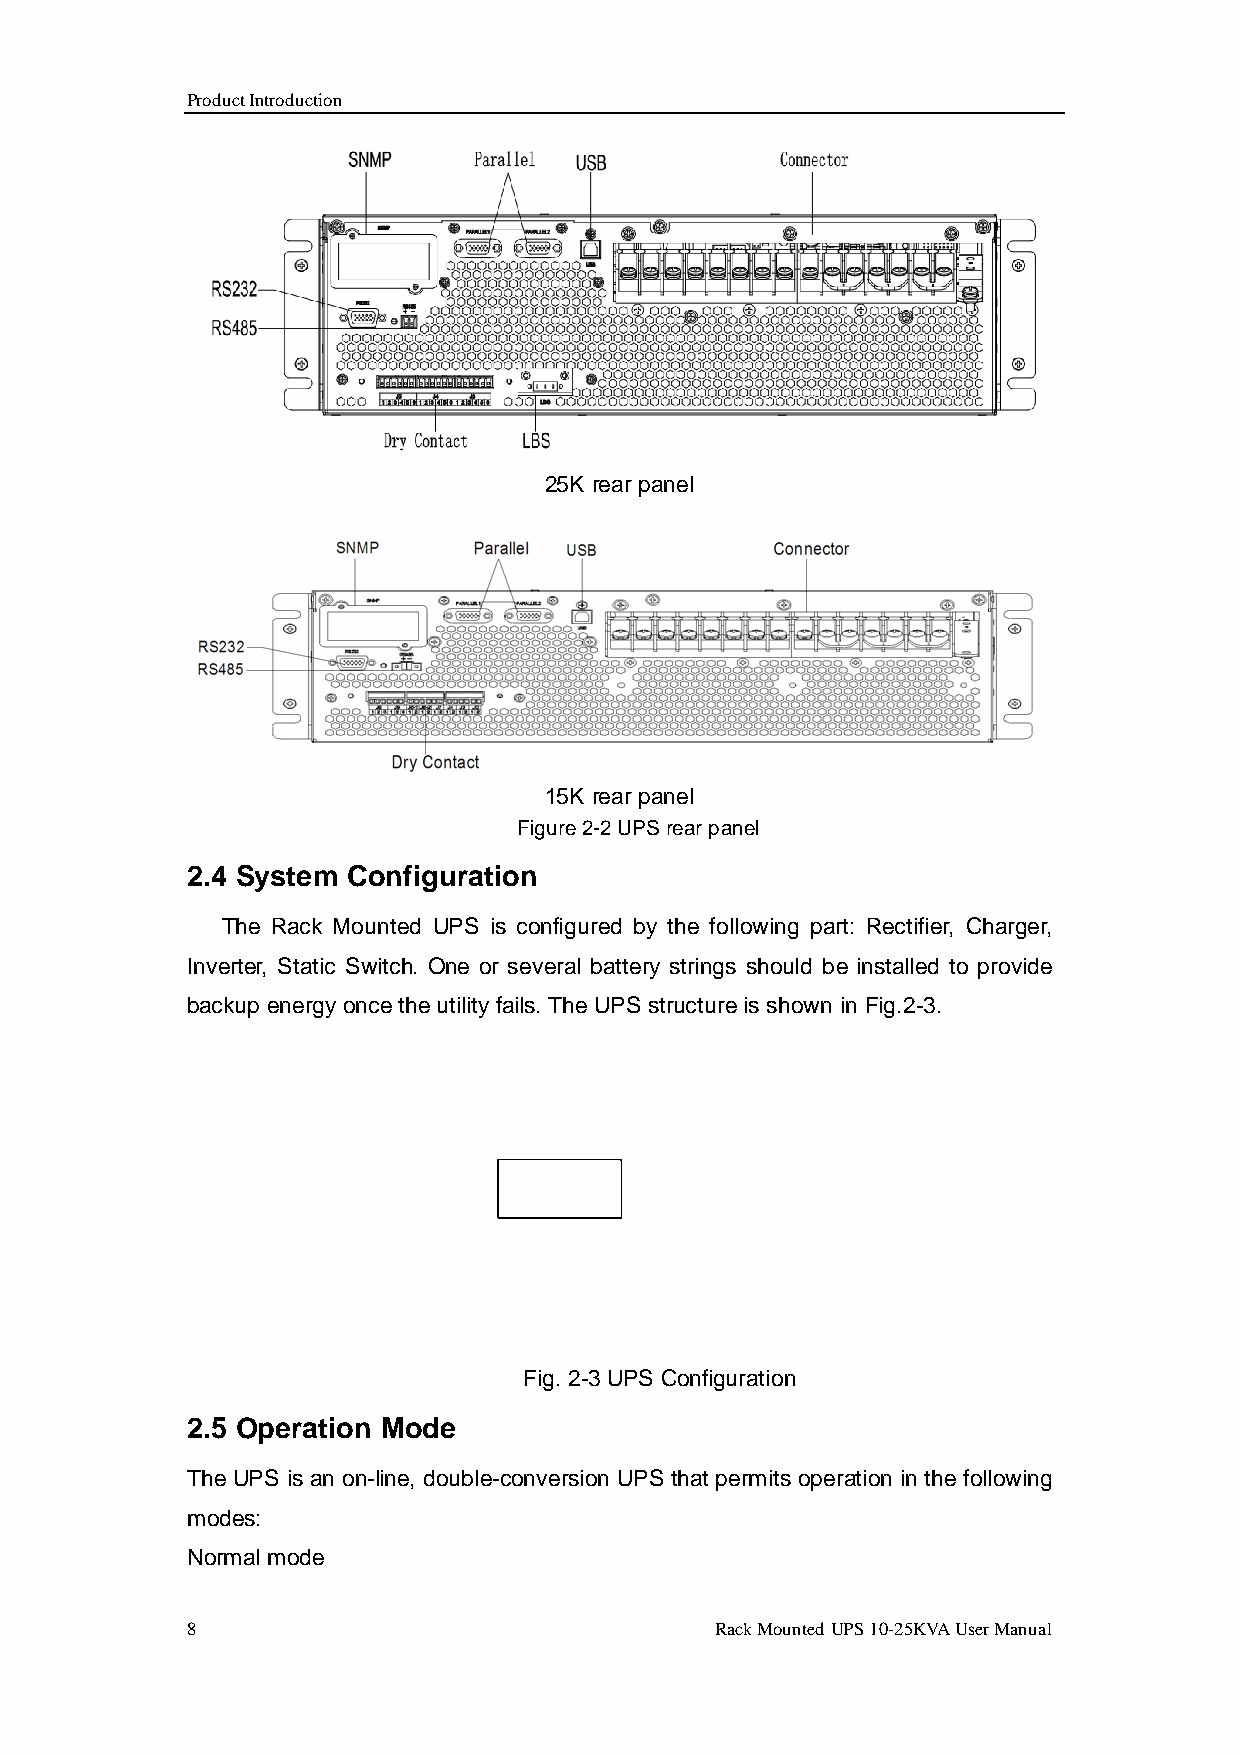
Product Introduction
 25K rear panel
 15K rear panel
 Figure 2-2 UPS rear panel
 2.4 System Configuration
 The Rack Mounted UPS is configured by the following part: Rectifier, Charger,
 Inverter, Static Switch. One or several battery strings should be installed to provide
 backup energy once the utility fails. The UPS structure is shown in Fig.2-3.
 Fig. 2-3 UPS Configuration
 2.5 Operation Mode
 The UPS is an on-line, double-conversion UPS that permits operation in the following
 modes:
 Normal mode
 8                                  Rack Mounted UPS 10-25KVA User Manual